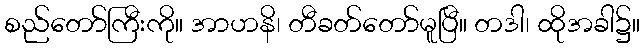
စည်တော်ကြီးကို။ အာဟနိ၊ တီခတ်တော်မူပြီ။ တဒါ၊ ထိုအခါ၌။